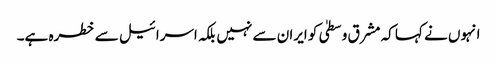
انہوں نے کہا کہ مشرق وسطیٰ کو ایران سے نہیں بلکہ اسرائیل سے خطرہ ہے۔